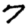
Digit: 7